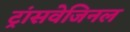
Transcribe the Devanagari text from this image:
ट्रांसवेजिनल